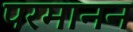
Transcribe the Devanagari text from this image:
परमानन